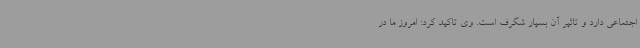
اجتماعی دارد و تاثیر آن بسیار شگرف است. وی تاکید کرد: امروز ما در